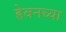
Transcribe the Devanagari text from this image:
हेवनच्या